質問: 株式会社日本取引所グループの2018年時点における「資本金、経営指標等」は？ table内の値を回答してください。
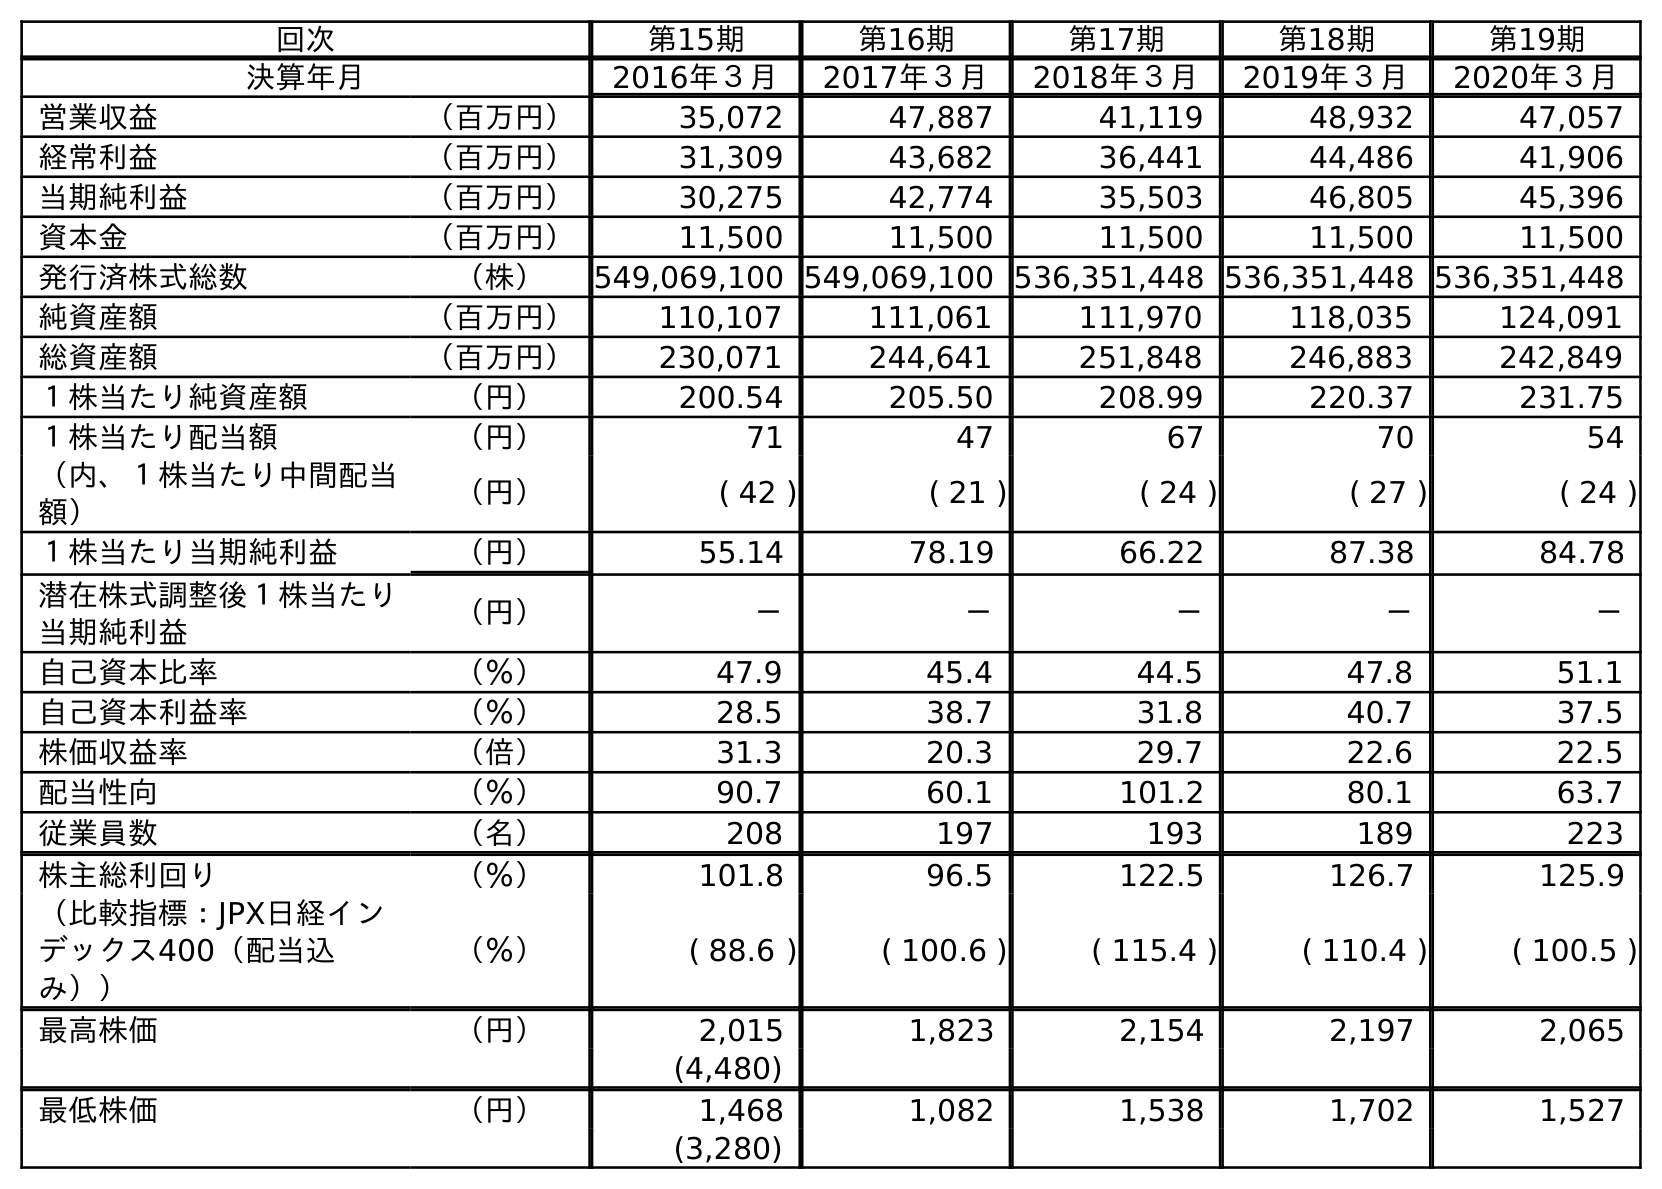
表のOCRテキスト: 回次 第15期 第16期 第17期 第18期 第19期 決算年月 2016年３月 2017年３月 2018年３月 2019年３月 2020年３月 営業収益 （百万円） 35,072 47,887 41,119 48,932 47,057 経常利益 （百万円） 31,309 43,682 36,441 44,486 41,906 当期純利益 （百万円） 30,275 42,774 35,503 46,805 45,396 資本金 （百万円） 11,500 11,500 11,500 11,500 11,500 発行済株式総数 （株） 549,069,100 549,069,100 536,351,448 536,351,448 536,351,448 純資産額 （百万円） 110,107 111,061 111,970 118,035 124,091 総資産額 （百万円） 230,071 244,641 251,848 246,883 242,849 １株当たり純資産額 （円） 200.54 205.50 208.99 220.37 231.75 １株当たり配当額 （円） 71 47 67 70 54 （内、１株当たり中間配当 額） （円） ( 42 ) ( 21 ) ( 24 ) ( 27 ) ( 24 ) １株当たり当期純利益 （円） 55.14 78.19 66.22 87.38 84.78 潜在株式調整後１株当たり 当期純利益 （円） － － － － － 自己資本比率 （％） 47.9 45.4 44.5 47.8 51.1 自己資本利益率 （％） 28.5 38.7 31.8 40.7 37.5 株価収益率 （倍） 31.3 20.3 29.7 22.6 22.5 配当性向 （％） 90.7 60.1 101.2 80.1 63.7 従業員数 （名） 208 197 193 189 223 株主総利回り （％） 101.8 96.5 122.5 126.7 125.9 （比較指標：JPX日経イン デックス400（配当込 み）） （％） ( 88.6 ) ( 100.6 ) ( 115.4 ) ( 110.4 ) ( 100.5 ) 最高株価 （円） 2,015 1,823 2,154 2,197 2,065 (4,480) 最低株価 （円） 1,468 1,082 1,538 1,702 1,527 (3,280)
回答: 11,500